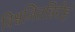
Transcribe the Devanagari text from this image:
विश्वजितन्निरीहं